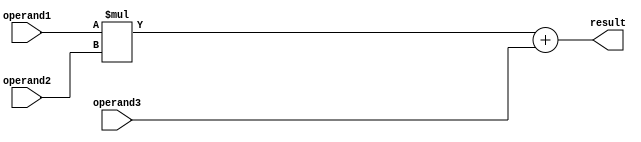
module FMA_FPU (
    input wire [31:0] operand1,
    input wire [31:0] operand2,
    input wire [31:0] operand3,
    output reg [31:0] result
);

reg [31:0] mul_result;
reg [31:0] add_result;

always @ (operand1 or operand2) begin
    mul_result = operand1 * operand2;
end

always @ (mul_result or operand3) begin
    add_result = mul_result + operand3;
end

always @ (add_result) begin
    // Rounding logic here
    result = add_result;
end

endmodule